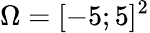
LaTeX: \Omega=[-5;5]^{2}